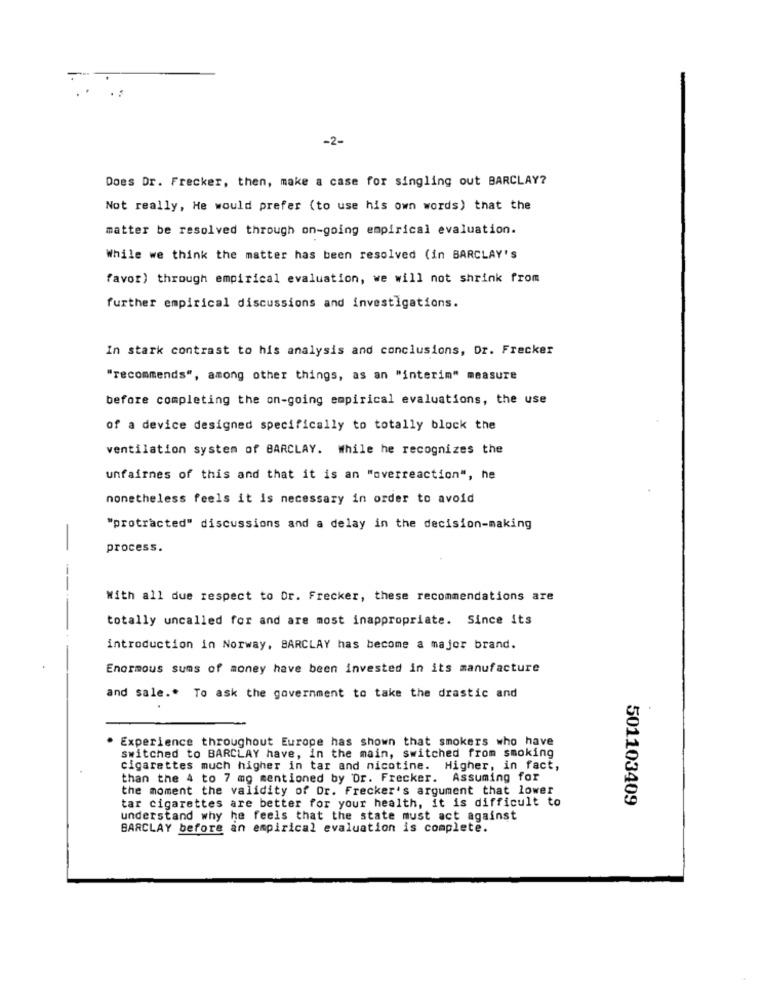
-2-
Does Dr. Frecker, then, make a case for singling out BARCLAY?
Not really, He would prefer (to use his own words) that the
matter be resolved through on-going empirical evaluation.
While we think the matter has been resolved (in BARCLAY'S
favor) through empirical evaluation, we will not shrink from
further empirical discussions and investigations.
In stark contrast to his analysis and conclusions, Dr. Frecker
"recommends", among other things, as an "interim" measure
before completing the on-going empirical evaluations, the use
of a device designed specifically to totally block the
ventilation system of BARCLAY. While he recognizes the
unfairnes of this and that it is an "overreaction", he
nonetheless feels it is necessary in order to avoid
"protracted" discussions and a delay in the decision-making
-
process.
--
With all due respect to Dr. Frecker, these recommendations are
totally uncalled for and are most inappropriate. Since its
introduction in Norway, BARCLAY has become a major brand.
Enormous sums of money have been invested in its manufacture
and sale .. To ask the government to take the drastic and
Experience throughout Europe has shown that smokers who have
switched to BARCLAY have, in the main, switched from smoking
cigarettes much higher in tar and nicotine. Higher, in fact,
than the 4 to 7 mg mentioned by Dr. Frecker. Assuming for
the moment the validity of Dr. Frecker's argument that lower
tar cigarettes are better for your health, it is difficult to
501103409
understand why he feels that the state must act against
BARCLAY before an empirical evaluation is complete.